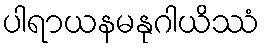
ပါရာယနမနုဂါယိဿံ